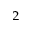
_ { 2 }